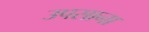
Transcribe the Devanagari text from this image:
उपसाना